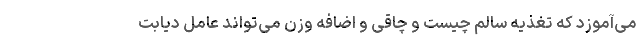
می‌‌آموزد که تغذیه سالم چیست و چاقی و اضافه وزن می‌تواند عامل دیابت